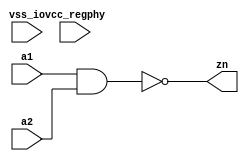
// SPDX-License-Identifier: Apache-2.0
// Copyright (C) 2019 Intel Corporation. 
//Verilog HDL for "aibcr_lib", "aibcr_inv_split_align" "verilog"


module aibcr3_nd2d0_custom (zn, a1, a2, vcc_regphy, vss_io );

  output zn;
  input a2;
  input a1;
  input vss_io;
  input vcc_regphy;

  assign zn = ~(a1 && a2) ;

endmodule